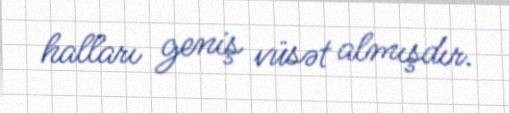
halları geniş vüsət almışdır.